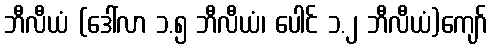
ဘီလီယံ (ဒေါ်လာ ၁.၅ ဘီလီယံ၊ ပေါင် ၁.၂ ဘီလီယံ)ကျော်